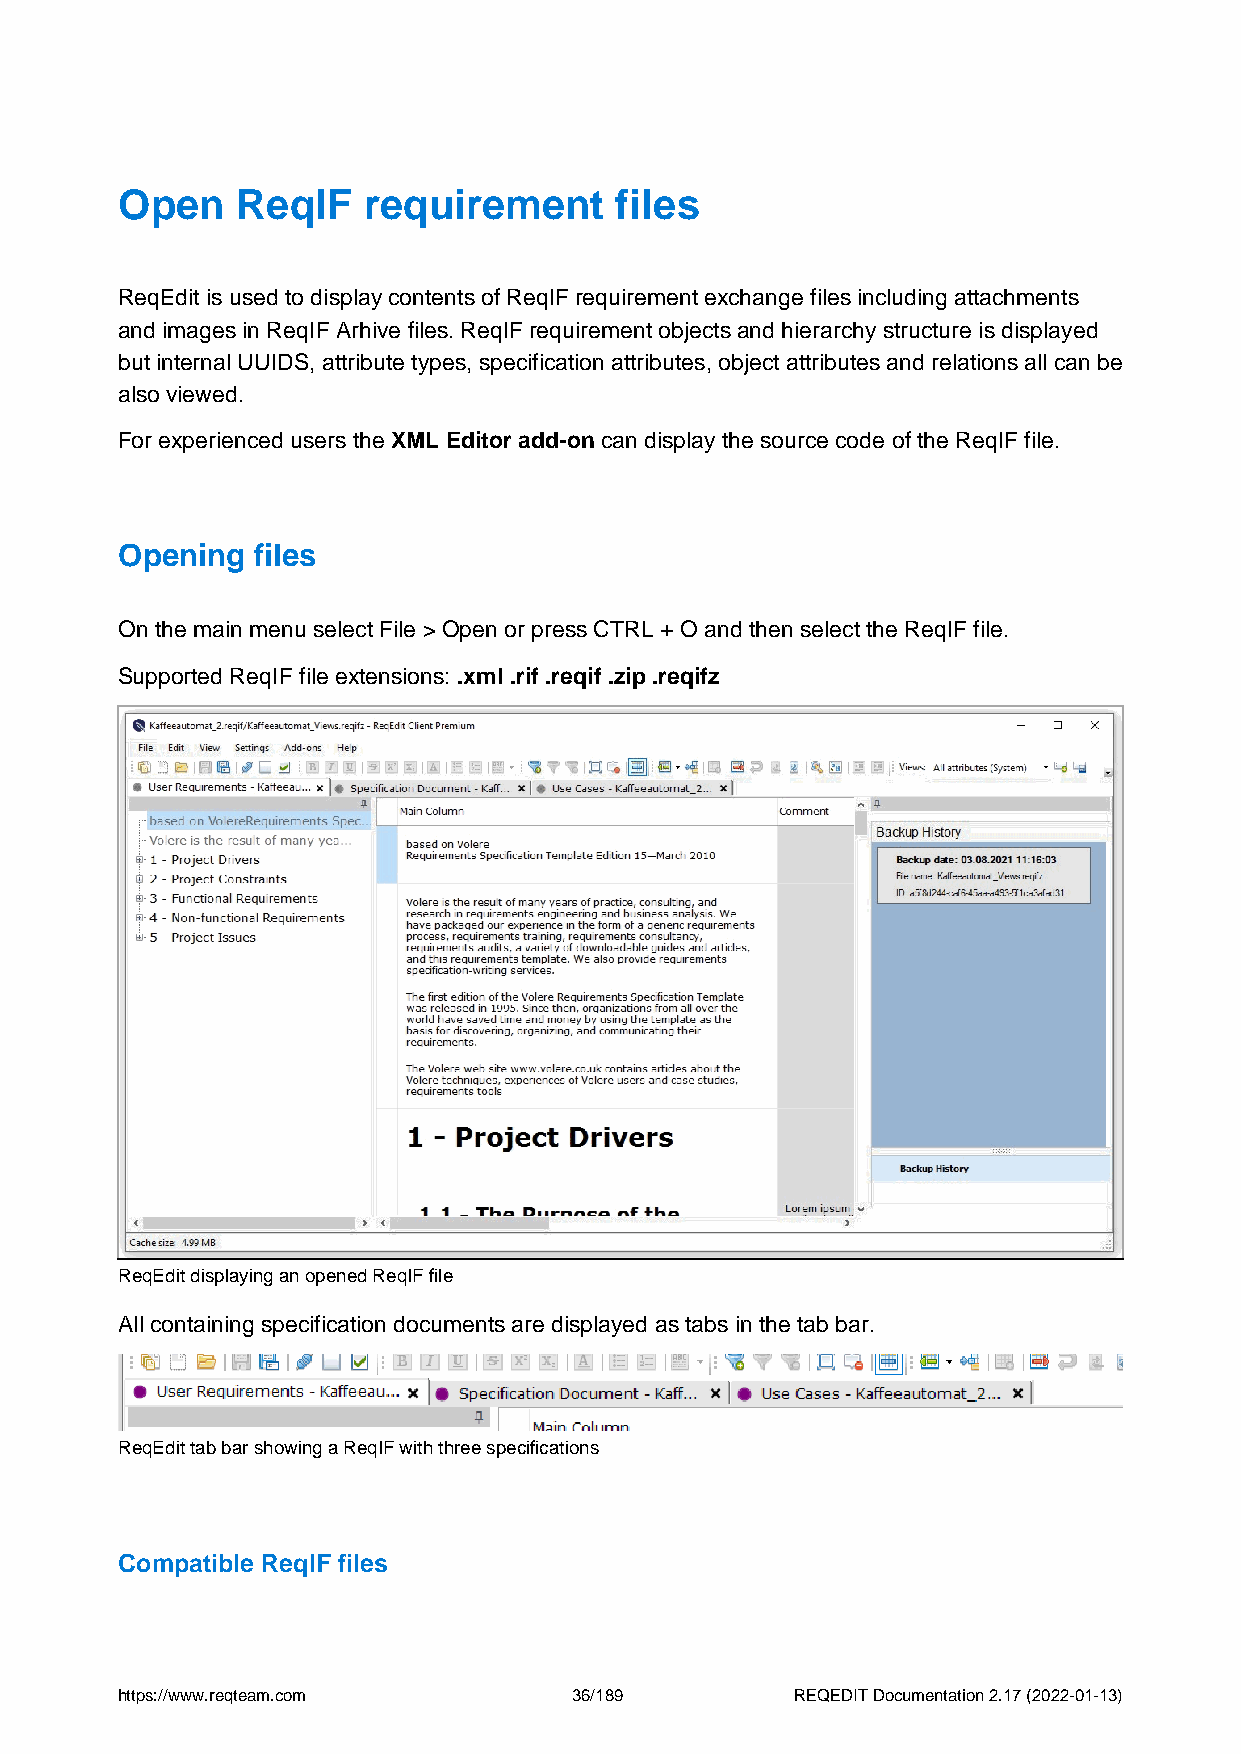
Open    ReqIF   requirement      files
 ReqEdit is used to display contents of ReqIF requirement exchange files including attachments
 and images in ReqIF Arhive files. ReqIF requirement objects and hierarchy structure is displayed
 but internal UUIDS, attribute types, specification attributes, object attributes and relations all can be
 also viewed.
 For experienced users the XML Editor add-on can display the source code of the ReqIF file.
 Opening  files
 On the main menu select File > Open or press CTRL + O and then select the ReqIF file.
 Supported ReqIF file extensions: .xml .rif .reqif .zip .reqifz
 ReqEdit displaying an opened ReqIF file
 All containing specification documents are displayed as tabs in the tab bar.
 ReqEdit tab bar showing a ReqIF with three specifications
 Compatible ReqIF files
 https://www.reqteam.com       36/189         REQEDIT Documentation 2.17 (2022-01-13)